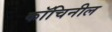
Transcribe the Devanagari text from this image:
कॉचिनील